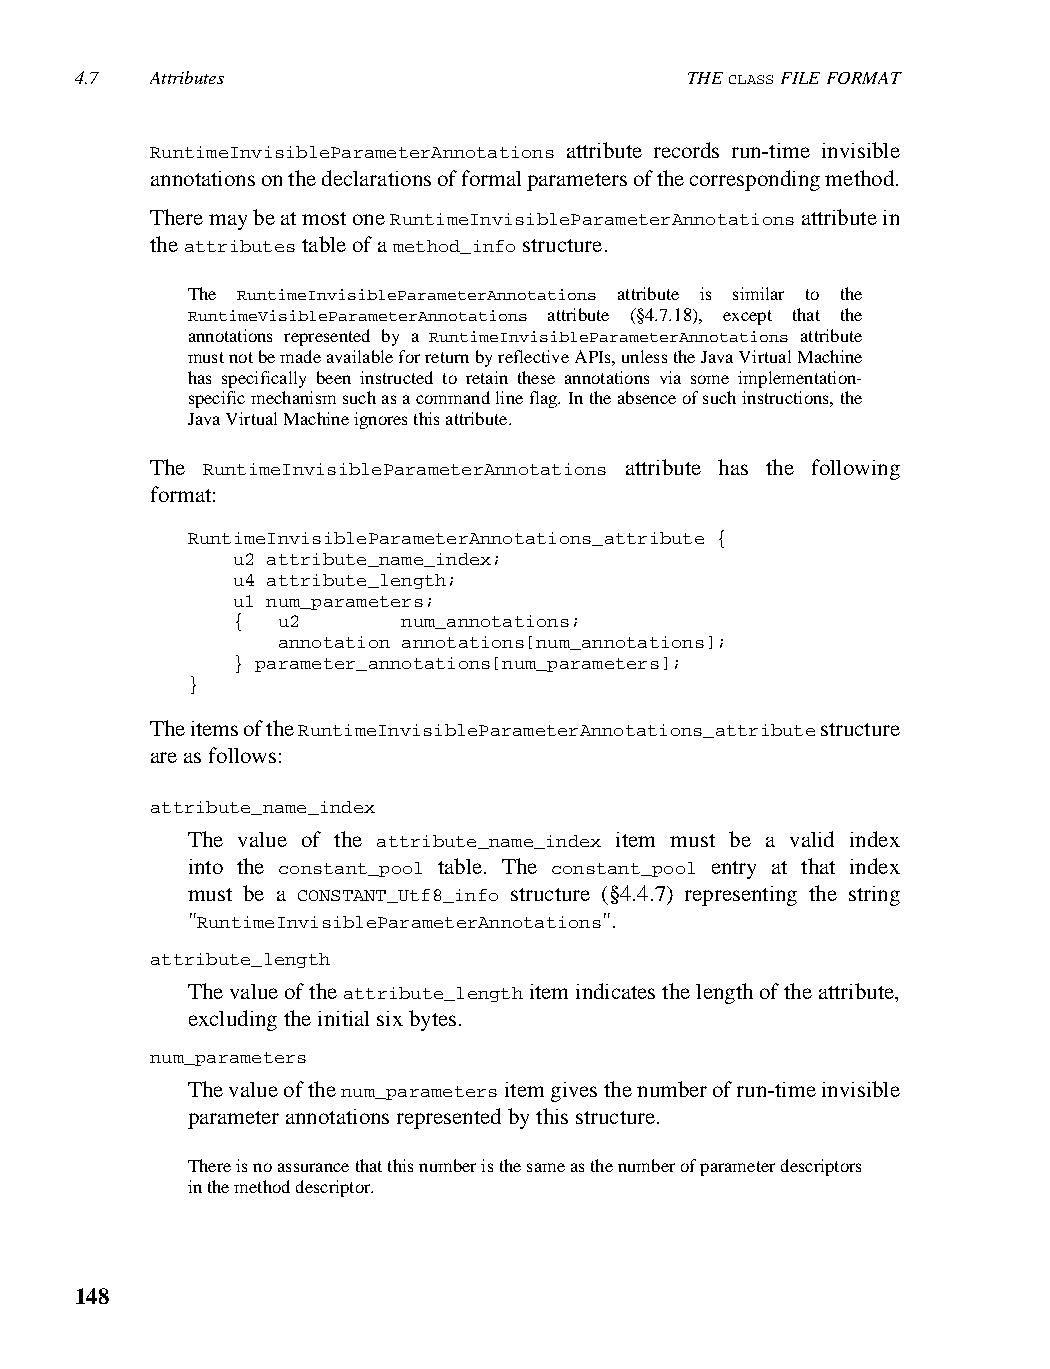
4.7  Attributes                         THE CLASS FILE FORMAT
 RuntimeInvisibleParameterAnnotations attribute records run-time invisible
 annotations on the declarations of formal parameters of the corresponding method.
 There may be at most one RuntimeInvisibleParameterAnnotations attribute in
 the attributes table of a method_info structure.
 The RuntimeInvisibleParameterAnnotations attribute is similar to the
 RuntimeVisibleParameterAnnotations attribute (§4.7.18), except that the
 annotations represented by a RuntimeInvisibleParameterAnnotations attribute
 must not be made available for return by reflective APIs, unless the Java Virtual Machine
 has specifically been instructed to retain these annotations via some implementation-
 specific mechanism such as a command line flag. In the absence of such instructions, the
 Java Virtual Machine ignores this attribute.
 The RuntimeInvisibleParameterAnnotations attribute has the following
 format:
 RuntimeInvisibleParameterAnnotations_attribute {
 u2 attribute_name_index;
 u4 attribute_length;
 u1 num_parameters;
 {  u2       num_annotations;
 annotation annotations[num_annotations];
 } parameter_annotations[num_parameters];
 }
 The items of the RuntimeInvisibleParameterAnnotations_attribute structure
 are as follows:
 attribute_name_index
 The value of the attribute_name_index item must be a valid index
 into the constant_pool table. The constant_pool entry at that index
 must be a CONSTANT_Utf8_info structure (§4.4.7) representing the string
 "RuntimeInvisibleParameterAnnotations".
 attribute_length
 The value of the attribute_length item indicates the length of the attribute,
 excluding the initial six bytes.
 num_parameters
 The value of the num_parameters item gives the number of run-time invisible
 parameter annotations represented by this structure.
 There is no assurance that this number is the same as the number of parameter descriptors
 in the method descriptor.
 148